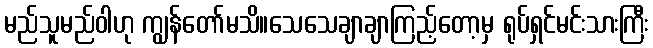
မည်သူမည်ဝါဟု ကျွန်တော်မသိ။သေသေချာချာကြည့်တော့မှ ရုပ်ရှင်မင်းသားကြီး